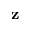
\mathbf { z }